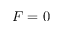
F = 0